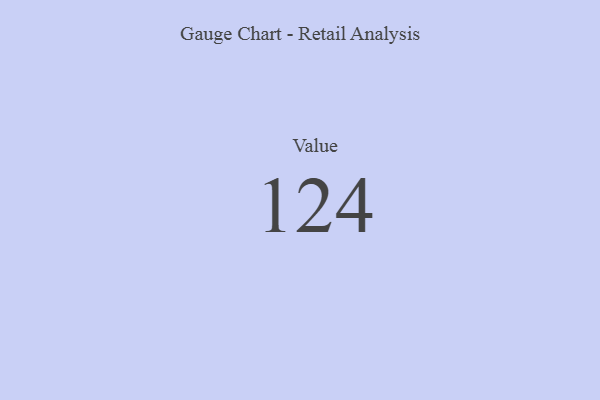
{"axis": {"x": "Metric", "y": "Value"}, "legend": [""], "data": [{"x": "Value", "y": 124, "type": ""}]}